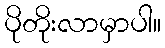
ပိုတိုးလာမှာပါ။